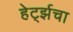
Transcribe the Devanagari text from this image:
हेर्ट्झचा